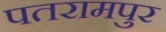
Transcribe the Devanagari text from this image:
पतरामपुर